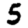
Digit: 5